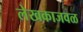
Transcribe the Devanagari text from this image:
लेखकाजवळ